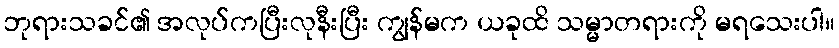
ဘုရားသခင်၏ အလုပ်ကပြီးလုနီးပြီး ကျွန်မက ယခုထိ သမ္မာတရားကို မရသေးပါ။